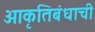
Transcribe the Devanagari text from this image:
आकृतिबंधाची